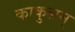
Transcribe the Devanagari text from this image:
काकुलम्